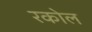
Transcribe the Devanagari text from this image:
रकोल